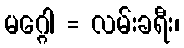
မဂ္ဂေါ = လမ်းခရီး၊